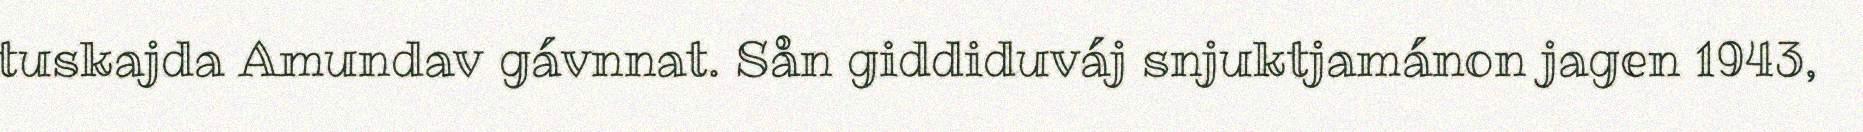
tuskajda Amundav gávnnat. Sån giddiduváj snjuktjamánon jagen 1943,